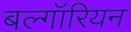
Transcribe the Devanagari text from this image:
बल्गॉरियन